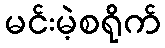
မင်းမဲ့စရိုက်